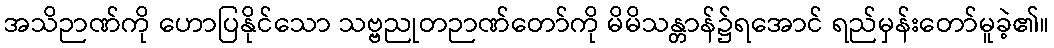
အသိဉာဏ်ကို ဟောပြနိုင်သော သဗ္ဗညုတဉာဏ်တော်ကို မိမိသန္တာန်၌ရအောင် ရည်မှန်းတော်မူခဲ့၏။